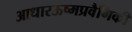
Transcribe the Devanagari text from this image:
आधारऊष्मप्रवैगिकी